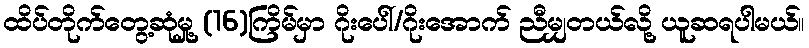
ထိပ်တိုက်တွေ့ဆုံမှု့ (16)ကြိမ်မှာ ဂိုးပေါ်/ဂိုးအောက် ညီမျှတယ်လို့ ယူဆရပါမယ်။